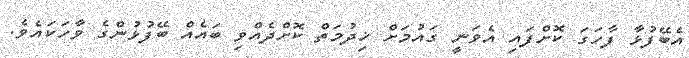
އެބޭފުޅާ ފާހަގަ ކޮށްފައި އެވަނީ ގައުމަށް ޚިދުމަތް ކޮށްދެއްވި ބައެއް ބޭފުޅުންގެ ވާހަކައެވެ.